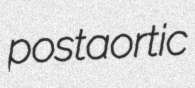
postaortic